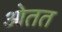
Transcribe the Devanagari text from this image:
ओतत